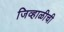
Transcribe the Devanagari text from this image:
जिव्हाळीची